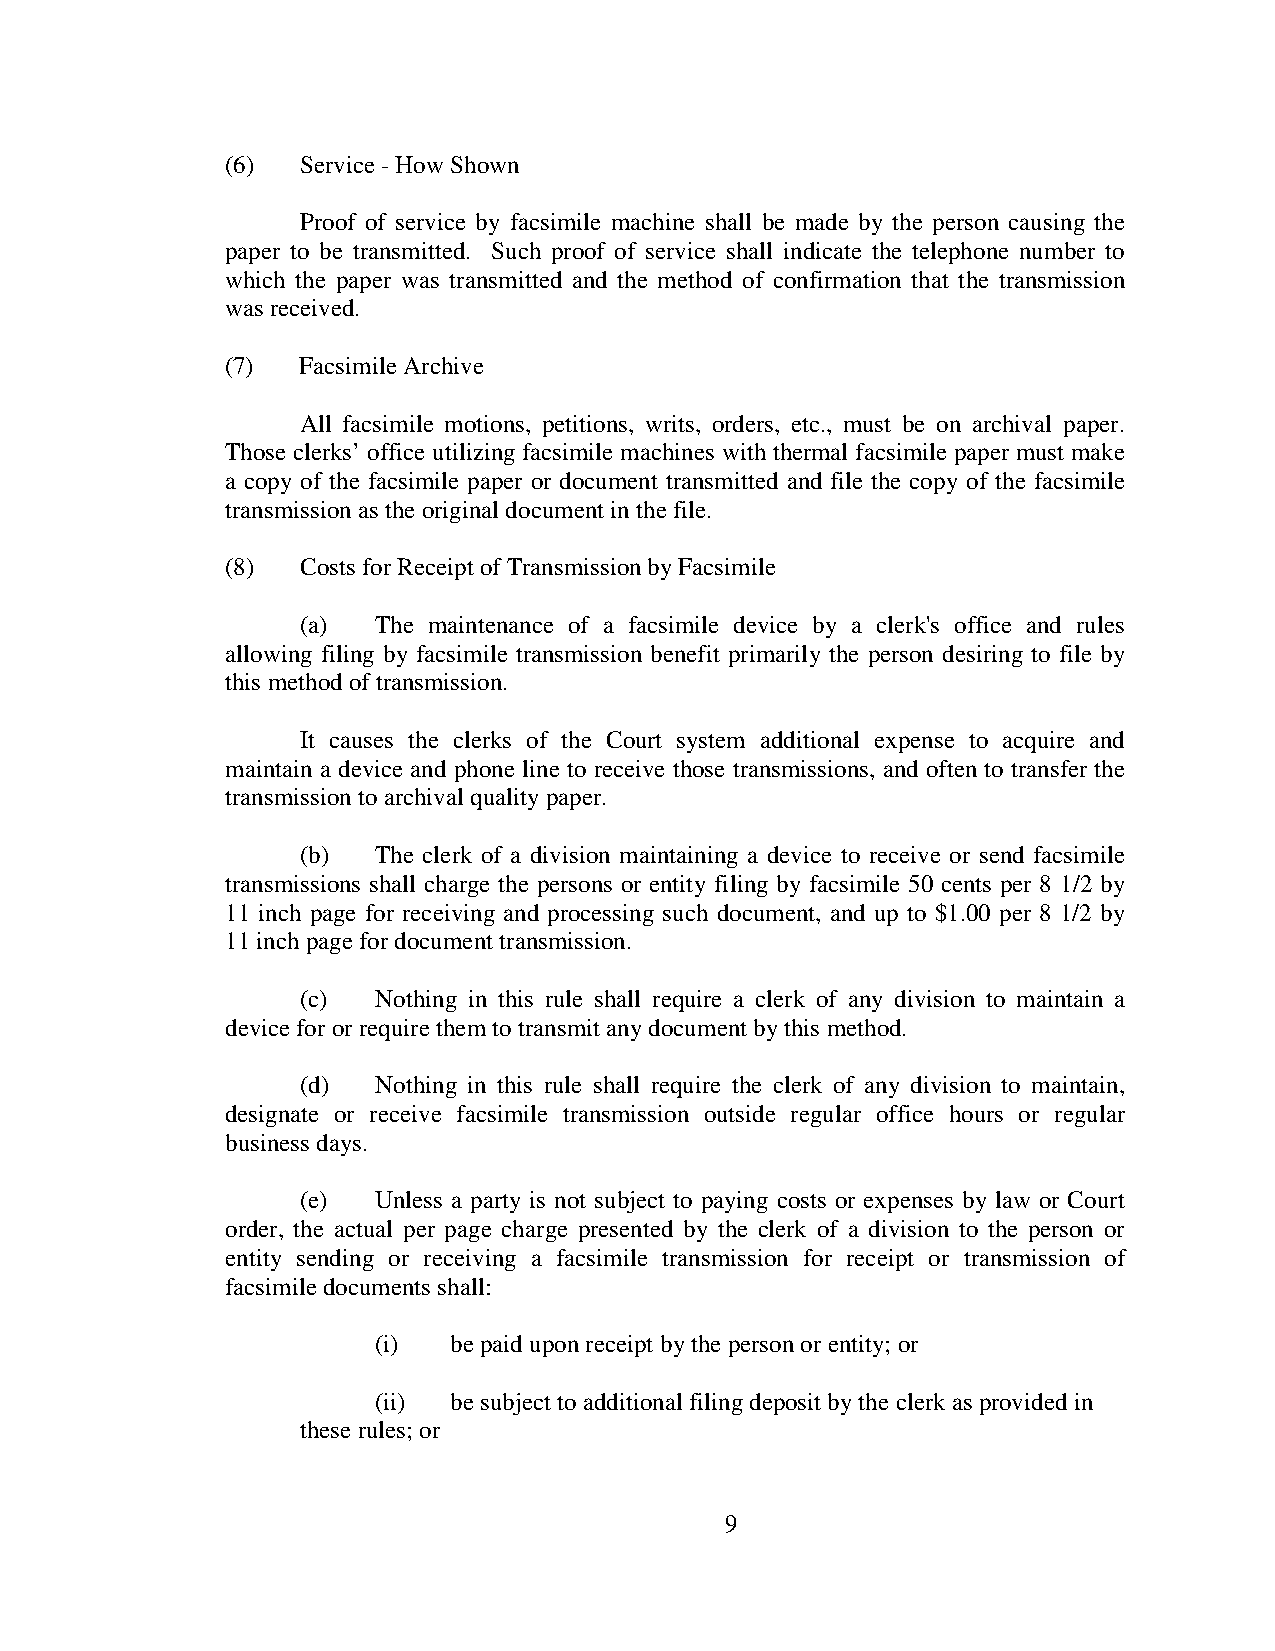
(6)  Service - How Shown
 Proof of service by facsimile machine shall be made by the person causing the
 paper to be transmitted. Such proof of service shall indicate the telephone number to
 which the paper was transmitted and the method of confirmation that the transmission
 was received.
 (7)  Facsimile Archive
 All facsimile motions, petitions, writs, orders, etc., must be on archival paper.
 Those clerks’ office utilizing facsimile machines with thermal facsimile paper must make
 a copy of the facsimile paper or document transmitted and file the copy of the facsimile
 transmission as the original document in the file.
 (8)  Costs for Receipt of Transmission by Facsimile
 (a)  The maintenance of a facsimile device by a clerk's office and rules
 allowing filing by facsimile transmission benefit primarily the person desiring to file by
 this method of transmission.
 It causes the clerks of the Court system additional expense to acquire and
 maintain a device and phone line to receive those transmissions, and often to transfer the
 transmission to archival quality paper.
 (b)  The clerk of a division maintaining a device to receive or send facsimile
 transmissions shall charge the persons or entity filing by facsimile 50 cents per 8 1/2 by
 11 inch page for receiving and processing such document, and up to $1.00 per 8 1/2 by
 11 inch page for document transmission.
 (c)  Nothing in this rule shall require a clerk of any division to maintain a
 device for or require them to transmit any document by this method.
 (d)  Nothing in this rule shall require the clerk of any division to maintain,
 designate or receive facsimile transmission outside regular office hours or regular
 business days.
 (e)  Unless a party is not subject to paying costs or expenses by law or Court
 order, the actual per page charge presented by the clerk of a division to the person or
 entity sending or receiving a facsimile transmission for receipt or transmission of
 facsimile documents shall:
 (i)  be paid upon receipt by the person or entity; or
 (ii) be subject to additional filing deposit by the clerk as provided in
 these rules; or
 9